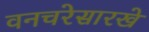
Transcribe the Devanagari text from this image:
वनचरेसारखे